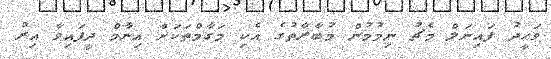
ވަހީދު ފައިނަލް މެޗު ނިމުމުން މުބާރާތުގެ އެކި މަގާމްތަކަށް އިނާމް ދީފައިވާ އިރު